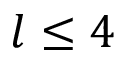
l \leq 4